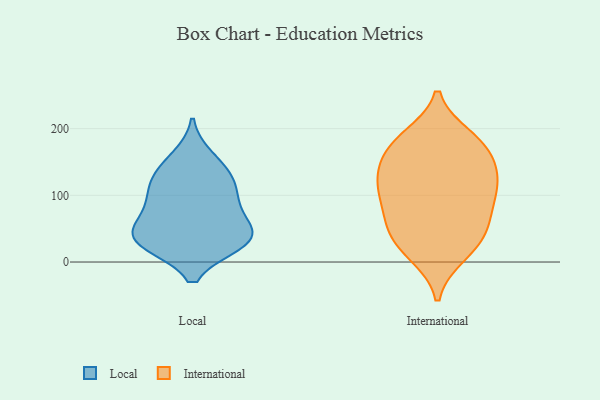
{"axis": {"x": "Page Views", "y": "Value"}, "legend": ["International", "Local"], "data": [{"x": "", "y": 138, "type": "Local"}, {"x": "", "y": 32, "type": "Local"}, {"x": "", "y": 117, "type": "Local"}, {"x": "", "y": 30, "type": "Local"}, {"x": "", "y": 121, "type": "Local"}, {"x": "", "y": 157, "type": "Local"}, {"x": "", "y": 70, "type": "Local"}, {"x": "", "y": 48, "type": "Local"}, {"x": "", "y": 28, "type": "Local"}, {"x": "", "y": 85, "type": "Local"}, {"x": "", "y": 41, "type": "Local"}, {"x": "", "y": 30, "type": "Local"}, {"x": "", "y": 96, "type": "Local"}, {"x": "", "y": 111, "type": "International"}, {"x": "", "y": 134, "type": "International"}, {"x": "", "y": 182, "type": "International"}, {"x": "", "y": 169, "type": "International"}, {"x": "", "y": 10, "type": "International"}, {"x": "", "y": 41, "type": "International"}, {"x": "", "y": 81, "type": "International"}, {"x": "", "y": 45, "type": "International"}, {"x": "", "y": 139, "type": "International"}, {"x": "", "y": 188, "type": "International"}, {"x": "", "y": 91, "type": "International"}, {"x": "", "y": 11, "type": "International"}, {"x": "", "y": 52, "type": "International"}, {"x": "", "y": 135, "type": "International"}, {"x": "", "y": 79, "type": "International"}, {"x": "", "y": 118, "type": "International"}, {"x": "", "y": 184, "type": "International"}, {"x": "", "y": 163, "type": "International"}, {"x": "", "y": 37, "type": "International"}, {"x": "", "y": 109, "type": "International"}]}